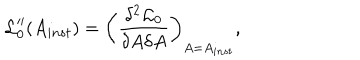
{ \cal L } _ { 0 } ^ { \prime \prime } ( A _ { i n s t } ) = \left( \frac { \delta ^ { 2 } { \cal L } _ { 0 } } { \delta A \delta A } \right) _ { A = A _ { i n s t } } ,